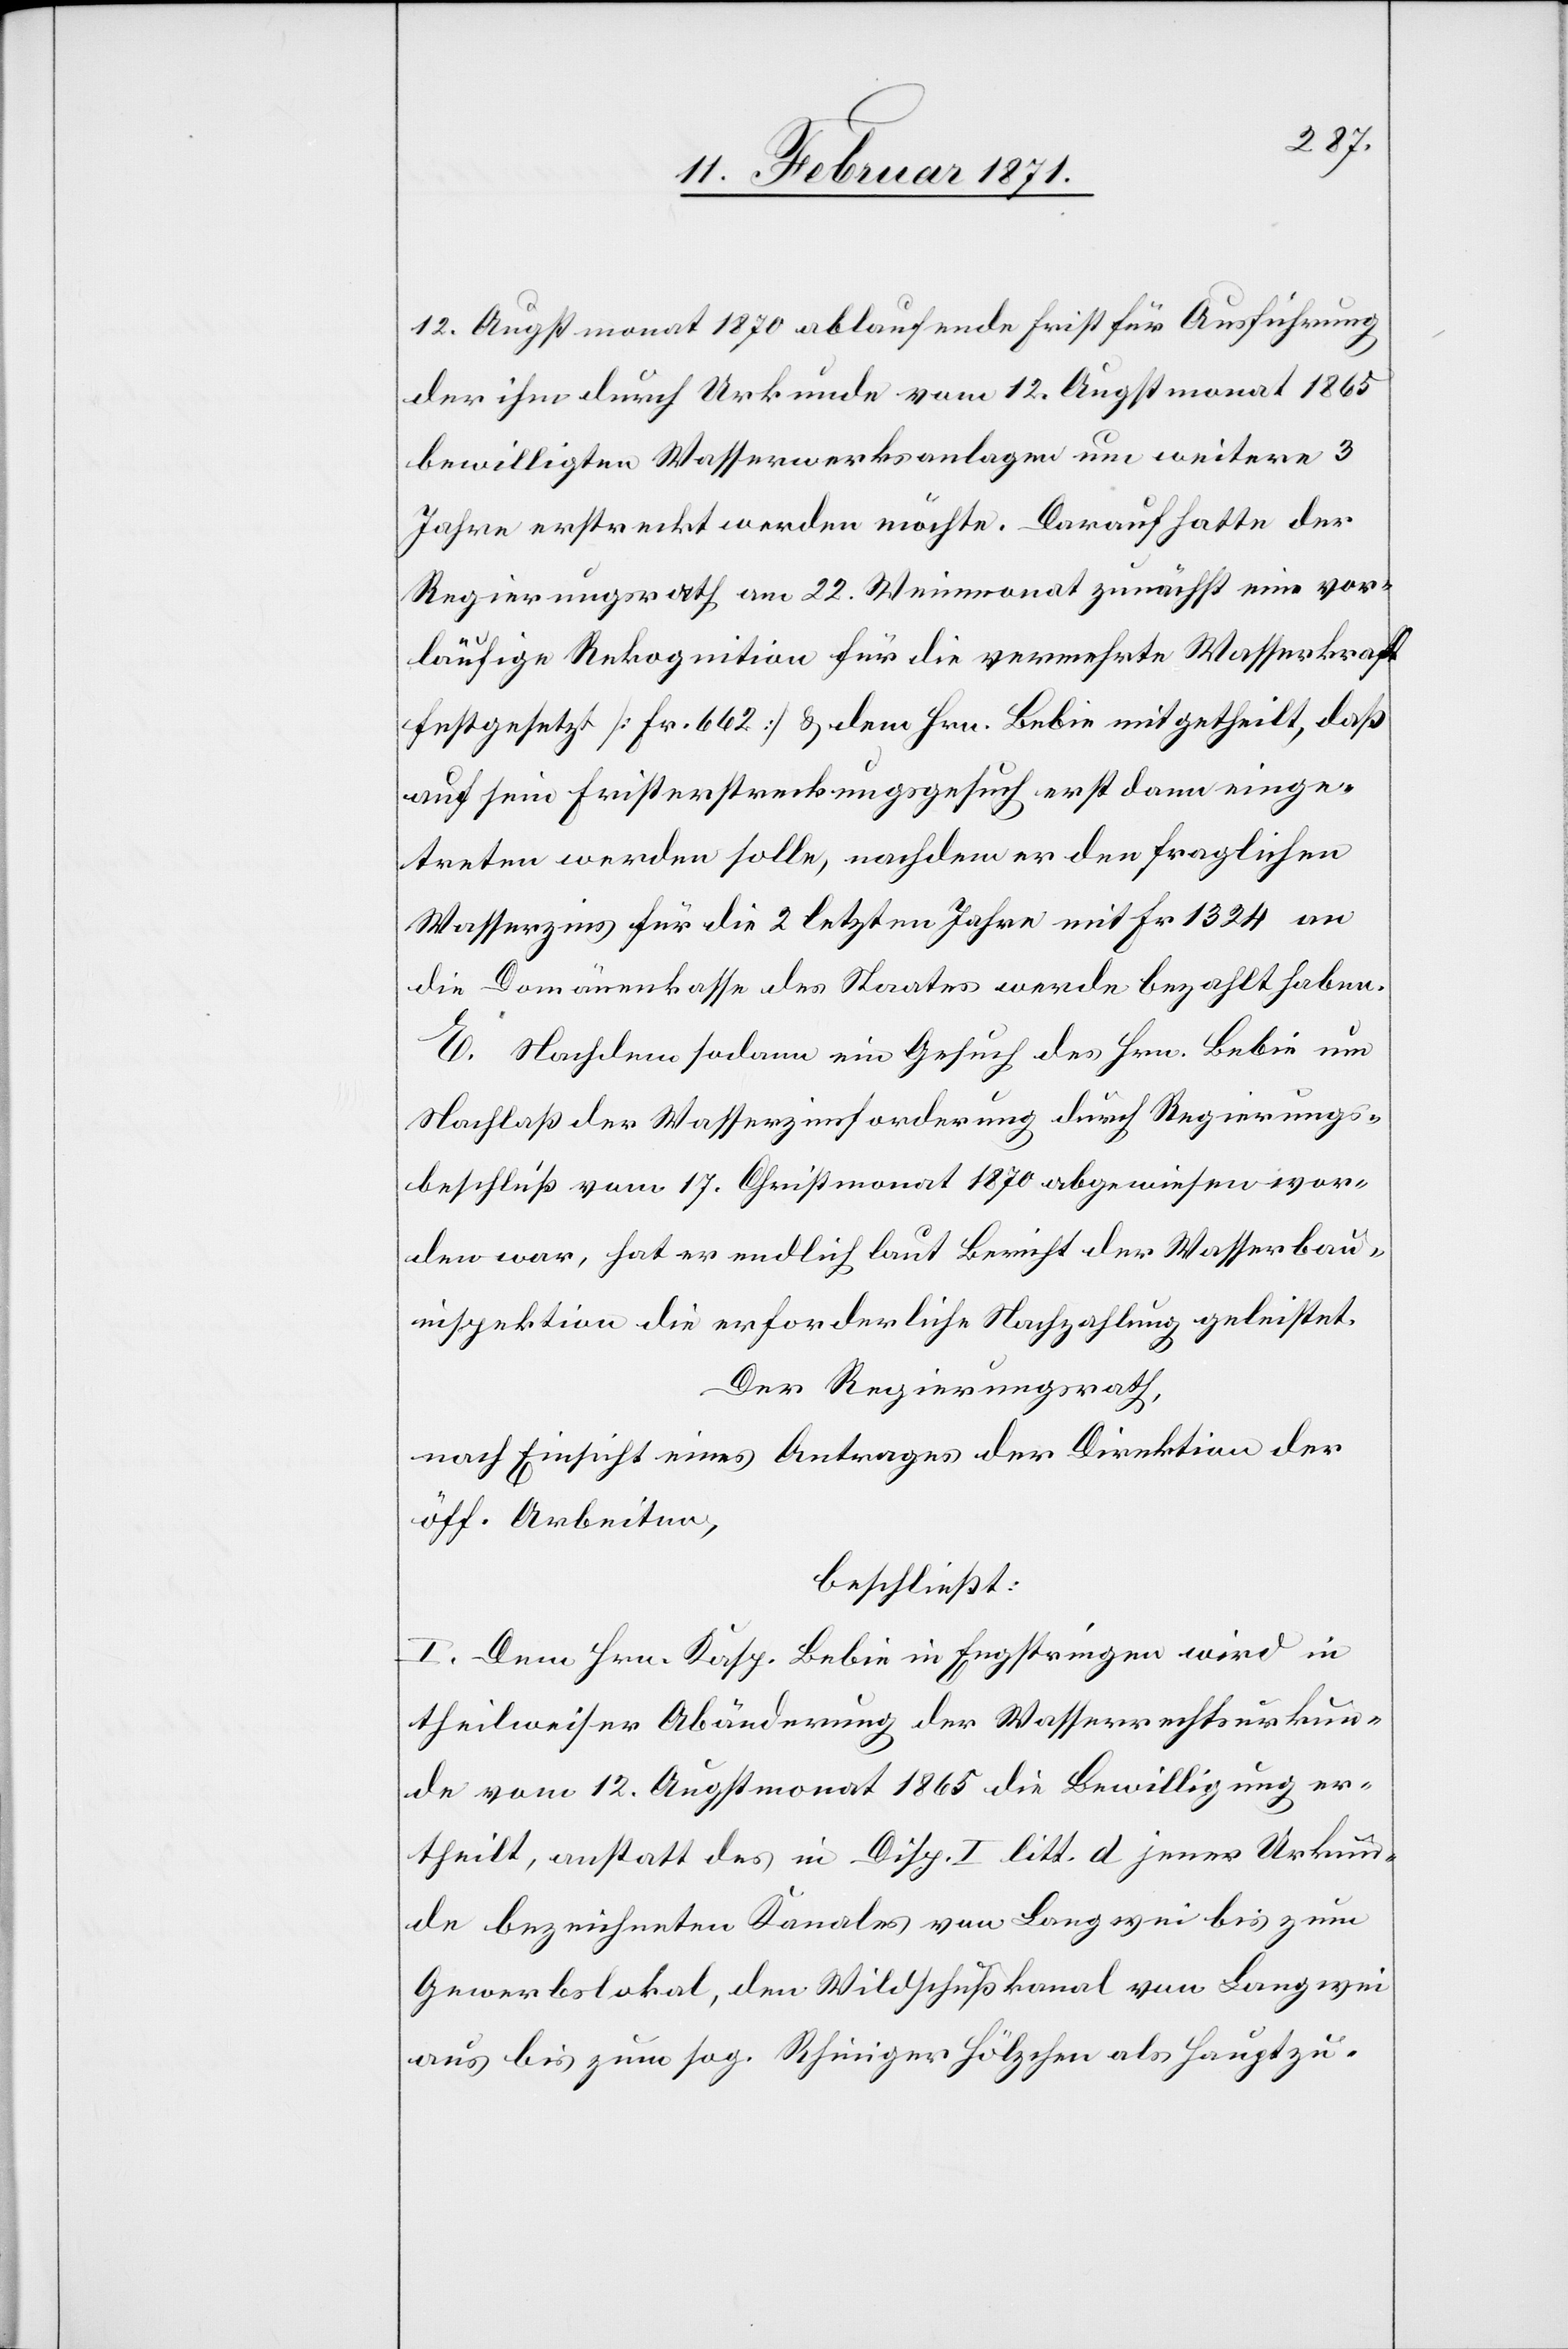
12. Augstmonat 1870 ablaufende Frist für Ausführung
der ihm durch Urkunde vom 12. Augstmonat 1865
bewilligten Wasserwerksanlagen um weitere 3
Jahre erstreckt werden möchte. Darauf hatte der
Regierungsrath am 22. Weinmonat zunächst eine vor¬
läufige Rekognition für die vermehrte Wasserkraft
festgesetzt [Fr. 662] u. dem Hrn. Bebie mitgetheilt, daß
auf sein Fristerstreckungsgesuch erst dann einge¬
treten werden solle, nachdem er den fraglichen
Wasserzins für die 2 letzten Jahre mit Fr 1324 an
die Domänenkasse des Staates werde bezahlt haben.
E. Nachdem sodann ein Gesuch des Hrn. Bebie um
Nachlaß der Wasserzinsforderung durch Regierungs¬
beschluß vom 17. Christmonat 1870 abgewiesen wor¬
den war, hat er endlich laut Bericht der Wasserbau¬
inspektion die erforderliche Nachzahlung geleistet.
Der Regierungsrath,
nach Einsicht eines Antrages der Direktion der
öff. Arbeiten,
beschließt:
I. Dem Hrn. Kasp. Bebie in Engstringen wird in
theilweiser Abänderung der Wasserrechtsurkun¬
de vom 12. Augstmonat 1865 die Bewilligung er¬
theilt, anstatt des in Disp. I litt. d jener Urkun¬
de bezeichneten Kanales von Langwei bis zum
Gewerbslokal, den Wildschußkanal von Langwei
aus bis zum sog. Rhiniger Hölzchen als Hauptzu-